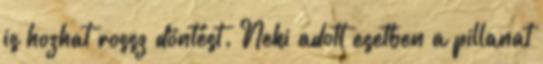
is hozhat rossz döntést. Neki adott esetben a pillanat